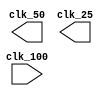
`timescale 1ns / 1ps
//////////////////////////////////////////////////////////////////////////////////
// Company: 
// Engineer: 
// 
// Design Name: 
// Module Name: clocking
// Project Name: 
// Target Devices: 
// Tool Versions: 
// Description: 
// 
// Dependencies: 
// 
// Revision:
// Revision 0.01 - File Created
// Additional Comments:
// 
//////////////////////////////////////////////////////////////////////////////////


module clocking(
input clk_100,
output clk_50,
output clk_25
);
endmodule